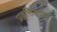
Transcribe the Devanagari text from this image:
प्रवृत्तिसाम्य